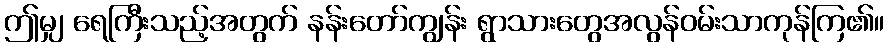
ဤမျှ ရေကြီးသည့်အတွက် နန်းတော်ကျွန်း ရွာသားတွေအလွန်ဝမ်းသာကုန်ကြ၏။